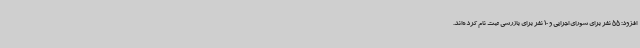
افزود: 55 نفر برای شورای اجرایی و 10 نفر برای بازرسی ثبت نام کرده‌اند.